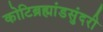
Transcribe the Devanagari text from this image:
कोटिब्रह्मांडसुंदरी